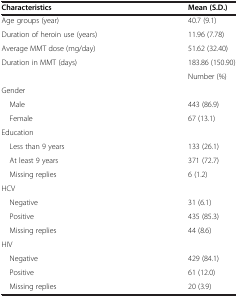
| Characteristics | Mean (S.D.) |
 | --- | --- |
 | Age groups (year) | 40.7 (9.1) |
 | Duration of heroin use (years) | 11.96 (7.78) |
 | Average MMT dose (mg/day) | 51.62 (32.40) |
 | Duration in MMT (days) | 183.86 (150.90) |
 |  | Number (%) |
 | Gender |  |
 | Male | 443 (86.9) |
 | Female | 67 (13.1) |
 | Education |  |
 | Less than 9 years | 133 (26.1) |
 | At least 9 years | 371 (72.7) |
 | Missing replies | 6 (1.2) |
 | HCV |  |
 | Negative | 31 (6.1) |
 | Positive | 435 (85.3) |
 | Missing replies | 44 (8.6) |
 | HIV |  |
 | Negative | 429 (84.1) |
 | Positive | 61 (12.0) |
 | Missing replies | 20 (3.9) |